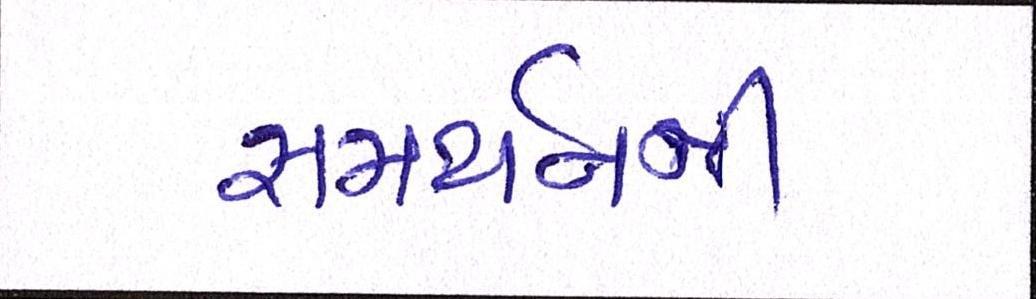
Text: સમર્થનની